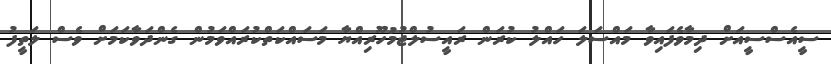
ސީއެސްސީއަށް ދިމާވެފައިވާ މައްސަލަ ހައްލު ކުރަން ރައީސުލްޖުމުހޫރިއްޔާ މަސައްކަތްކުރައްވަމުން ގެންދަވާކަމަށް ވެސް ލަތީފު